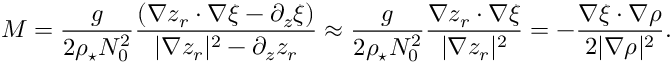
{ \cal M } = \frac { g } { 2 \rho _ { \star } N _ { 0 } ^ { 2 } } \frac { ( \nabla z _ { r } \cdot \nabla \xi - \partial _ { z } \xi ) } { | \nabla z _ { r } | ^ { 2 } - \partial _ { z } z _ { r } } \approx \frac { g } { 2 \rho _ { \star } N _ { 0 } ^ { 2 } } \frac { \nabla z _ { r } \cdot \nabla \xi } { | \nabla z _ { r } | ^ { 2 } } = - \frac { \nabla \xi \cdot \nabla \rho } { 2 | \nabla \rho | ^ { 2 } } .